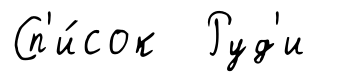
Сп'и́сок Руд'и